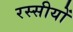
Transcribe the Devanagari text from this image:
रस्सीयों